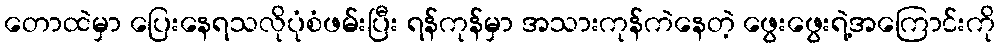
တောထဲမှာ ပြေးနေရသလိုပုံစံဖမ်းပြီး ရန်ကုန်မှာ အသားကုန်ကဲနေတဲ့ ဖွေးဖွေးရဲ့အကြောင်းကို